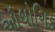
ઔધોગિક